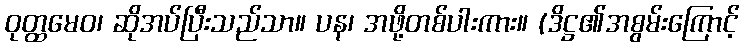
ဝုတ္ထမေဝ၊ ဆိုအပ်ပြီးသည်သာ။ ပန၊ အဖို့တစ်ပါးကား။ (ဒိဋ္ဌ၏အစွမ်းကြောင့်